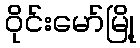
ဝိုင်းမော်မြို့